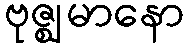
ဗုဇ္ဈမာနော